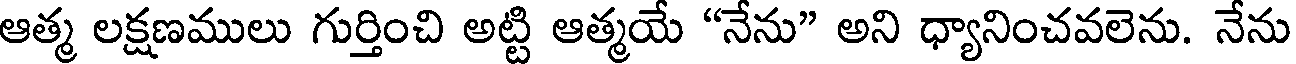
ఆత్మ లక్షణములు గుర్తించి అట్టి ఆత్మయే "నేను" అని ధ్యానించవలెను. నేను